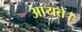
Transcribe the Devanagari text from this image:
आयतें।